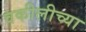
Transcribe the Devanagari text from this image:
वकीलीच्या